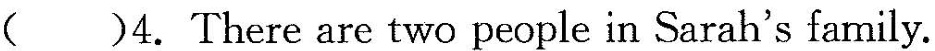
( )4.There are two people in Sarah's family.